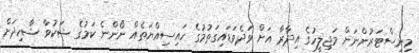
މިނިސްޓަރުންނަށް މަޖިލީހުގެ އިދާރާ އަށް ވަދެވަޑައިގަތުމުގެ ހައިސިއްޔަތެއް ނޯންނެ ކަމުގެ ޝަކުވާ ޝާހިދަށް